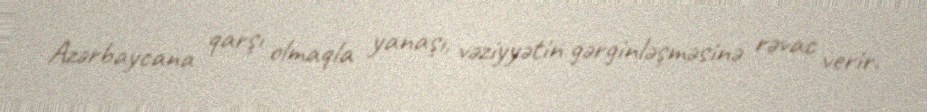
Azərbaycana qarşı olmaqla yanaşı, vəziyyətin gərginləşməsinə rəvac verir.